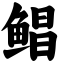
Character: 鲳